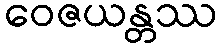
ဝေဇယန္တဿ